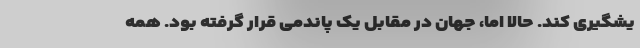
یشگیری کند. حالا اما، جهان در مقابل یک پاندمی قرار گرفته بود. همه